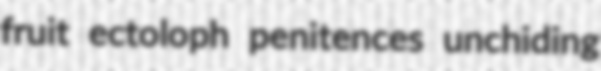
fruit ectoloph penitences unchiding